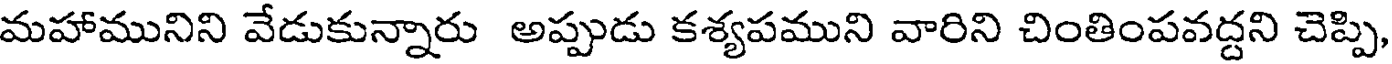
మహామునిని వేడుకున్నారు అప్పుడు కశ్యపముని వారిని చింతింపవద్దని చెప్పి,